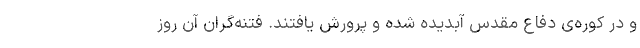
و در کوره‌ی دفاع مقدس آبدیده شده و پرورش یافتند. فتنه‌گران آن روز